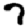
Digit: 7